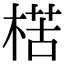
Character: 楛